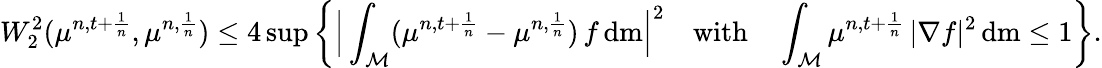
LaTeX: W_{2}^{2}(\mu^{n,t+\frac{1}{n}},\mu^{n,\frac{1}{n}})\leq 4\operatorname*{sup}\bigg\{ \Big\vert\int_{\mathcal{M}}(\mu^{n,t+\frac{1}{n}}-\mu^{n,\frac{1}{n}})\, f\, \mathrm{d}\mathrm{m}\Big\vert^{2}\quad\mathrm{with}\quad\int_{\mathcal{M}}\mu^{n,t+\frac{1}{n}}\, \vert\nabla f\vert^{2}\, \mathrm{d}\mathrm{m}\leq 1\bigg\} .